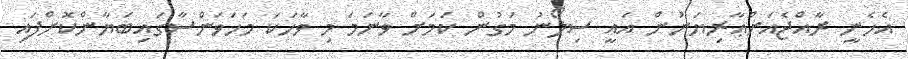
އެހެނީ ރާއްޖެއަށްޢާރިޔަނުން އައީ ސިލޯނު މަގުން ކަމަށް ވާނަމަ މި ވާހަކަ މަހަވަންސާގައިބަޔާންކޮށްފައި